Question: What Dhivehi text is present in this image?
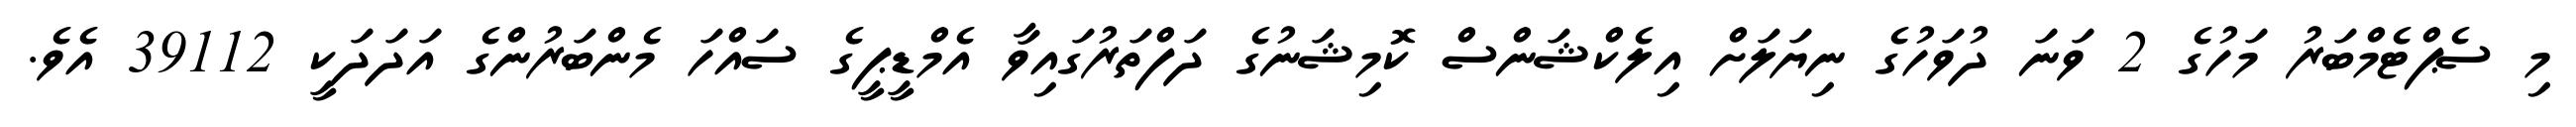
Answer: މި ސެޕްޓެމްބަރު މަހުގެ 2 ވަނަ ދުވަހުގެ ނިޔަލަށް އިލެކްޝަންސް ކޮމިޝަނުގެ ދަފްތަރުގައިވާ އެމްޑީޕީގެ ސައްހަ މެންބަރުންގެ އަދަދަކީ 39112 އެވެ.